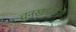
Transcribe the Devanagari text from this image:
चुनखडकांशी